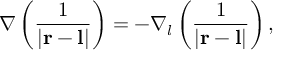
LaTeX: \nabla \left( { \frac { 1 } { | \mathbf { r } - \mathbf { l } | } } \right) = - \nabla _ { l } \left( { \frac { 1 } { | \mathbf { r } - \mathbf { l } | } } \right) ,